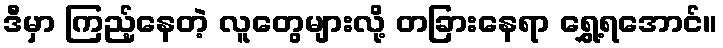
ဒီမှာ ကြည့်နေတဲ့ လူတွေများလို့ တခြားနေရာ ရွှေ့ရအောင်။